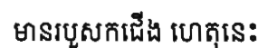
មានរបួសកជើង ហេតុនេះ